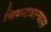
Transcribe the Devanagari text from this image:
चिकटवल्यास